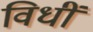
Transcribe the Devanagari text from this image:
विधीं